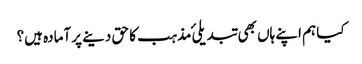
کیا ہم اپنے ہاں بھی تبدیلیٔ مذہب کا حق دینے پر آمادہ ہیں؟